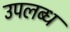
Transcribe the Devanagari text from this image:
उपलब्ध्‍ा